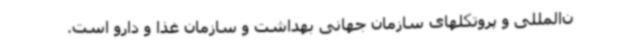
ن‌المللی و پروتکلهای سازمان جهانی بهداشت و سازمان غذا و دارو است.